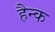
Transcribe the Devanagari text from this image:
हैन्क